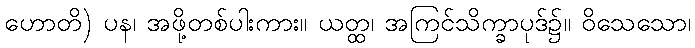
ဟောတိ) ပန၊ အဖို့တစ်ပါးကား။ ယတ္ထ၊ အကြင်သိက္ခာပုဒ်၌။ ဝိသေသော၊